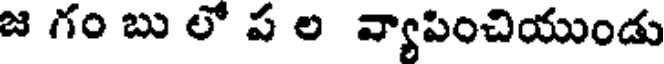
జ గం బు లో ప ల వ్యాపించియుండు